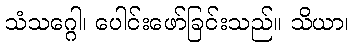
သံသဂ္ဂေါ၊ ပေါင်းဖော်ခြင်းသည်။ သိယာ၊